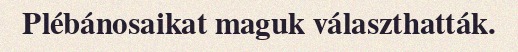
Plébánosaikat maguk választhatták.